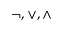
\lnot , \lor , \land